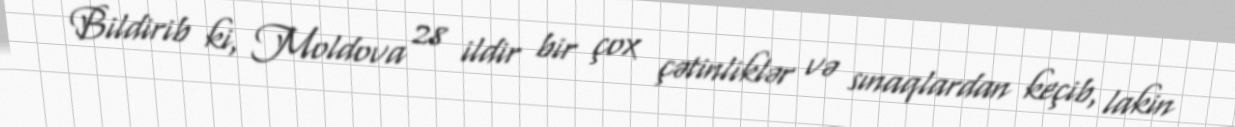
Bildirib ki, Moldova 28 ildir bir çox çətinliklər və sınaqlardan keçib, lakin